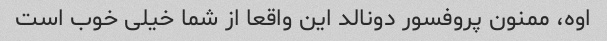
اوه، ممنون پروفسور دونالد این واقعا از شما خیلی خوب است